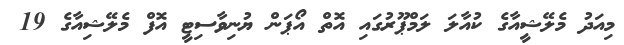
މިއަދު މެލޭޝީއާގެ ކުއާލަ ލަމްޕޫރުގައި އޮތް އޯޕަން ޔުނިވާސިޓީ އޮފް މެލޭޝިއާގެ 19